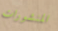
المنشورات